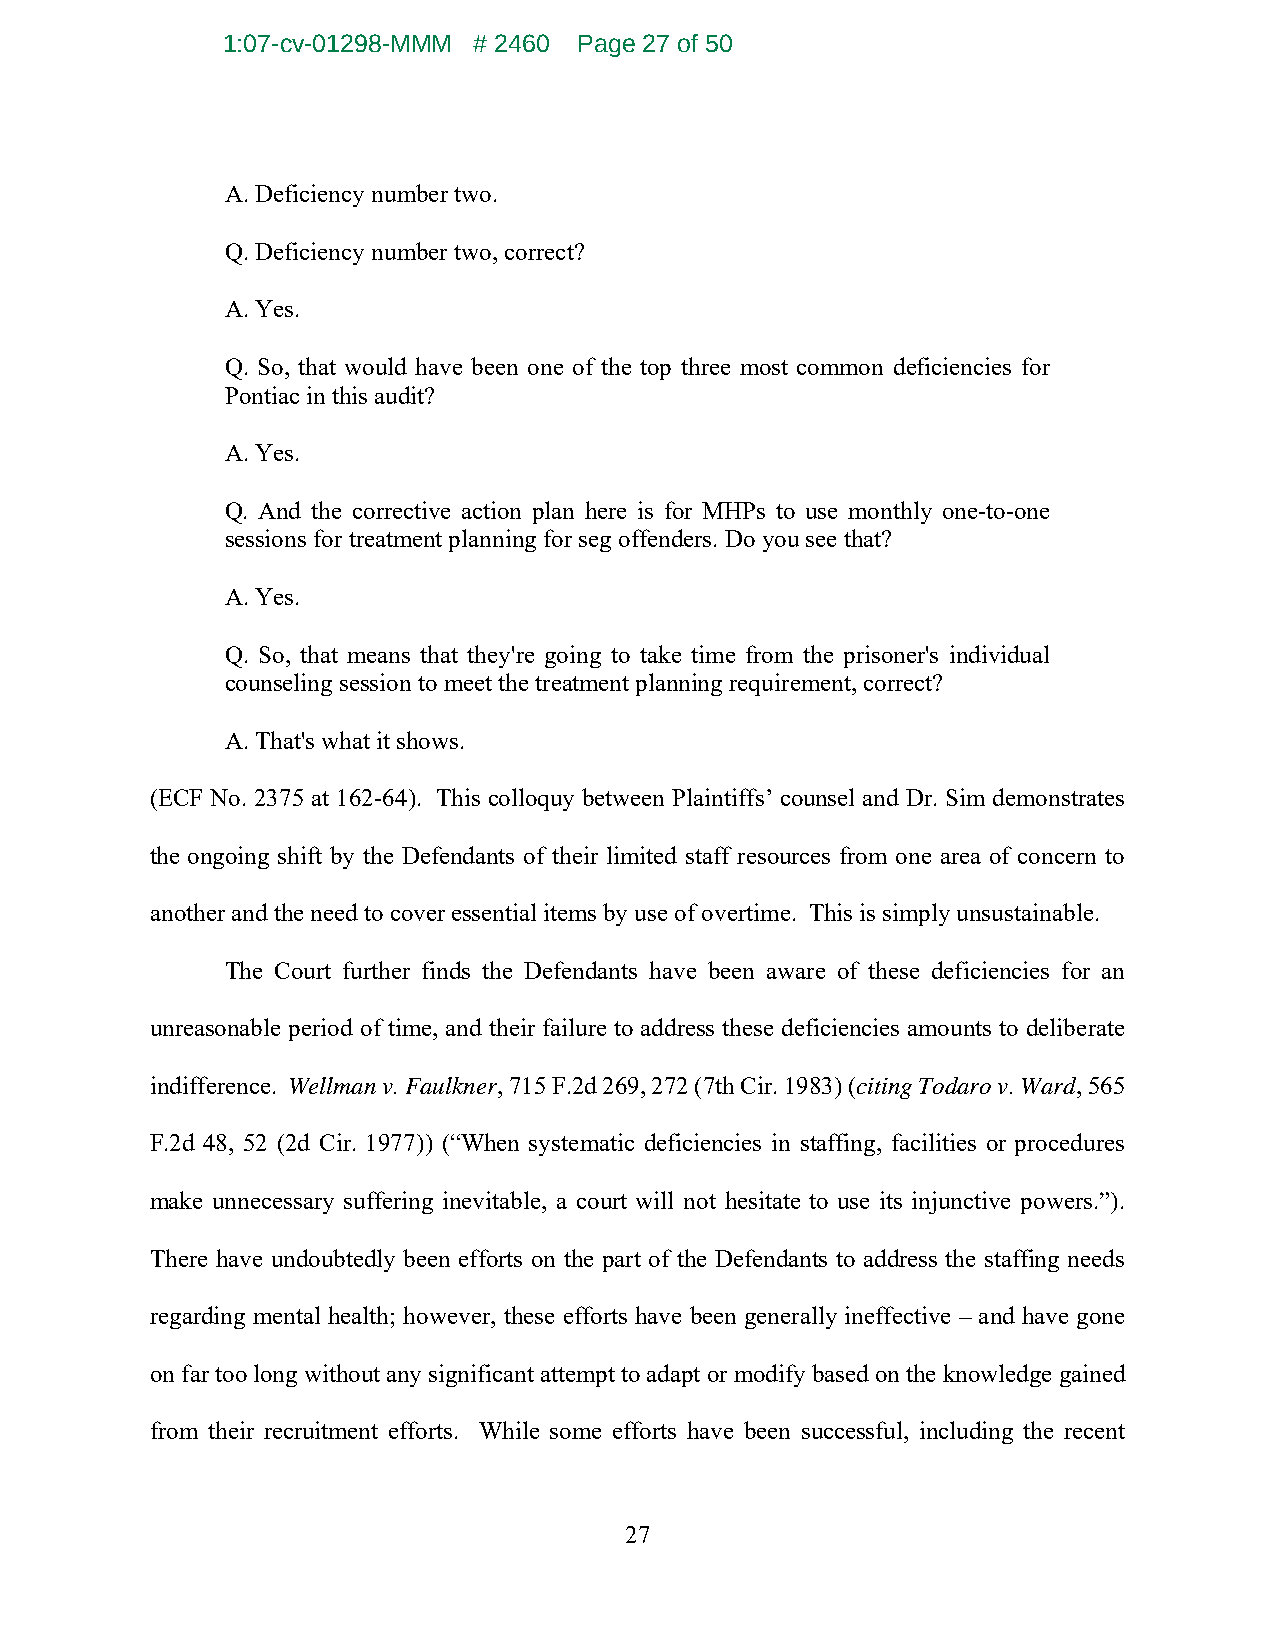
1:07-cv-01298-MMM # 2460 Page 27 of 50
 A. Deficiency number two.
 Q. Deficiency number two, correct?
 A. Yes.
 Q. So, that would have been one of the top three most common deficiencies for
 Pontiac in this audit?
 A. Yes.
 Q. And the corrective action plan here is for MHPs to use monthly one-to-one
 sessions for treatment planning for seg offenders. Do you see that?
 A. Yes.
 Q. So, that means that they're going to take time from the prisoner's individual
 counseling session to meet the treatment planning requirement, correct?
 A. That's what it shows.
 (ECF No. 2375 at 162-64). This colloquy between Plaintiffs’ counsel and Dr. Sim demonstrates
 the ongoing shift by the Defendants of their limited staff resources from one area of concern to
 another and the need to cover essential items by use of overtime. This is simply unsustainable.
 The Court further finds the Defendants have been aware of these deficiencies for an
 unreasonable period of time, and their failure to address these deficiencies amounts to deliberate
 indifference. Wellman v. Faulkner, 715 F.2d 269, 272 (7th Cir. 1983) (citing Todaro v. Ward, 565
 F.2d 48, 52 (2d Cir. 1977)) (“When systematic deficiencies in staffing, facilities or procedures
 make unnecessary suffering inevitable, a court will not hesitate to use its injunctive powers.”).
 There have undoubtedly been efforts on the part of the Defendants to address the staffing needs
 regarding mental health; however, these efforts have been generally ineffective – and have gone
 on far too long without any significant attempt to adapt or modify based on the knowledge gained
 from their recruitment efforts. While some efforts have been successful, including the recent
 27